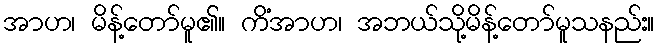
အာဟ၊ မိန့်တော်မူ၏။ ကိံအာဟ၊ အဘယ်သို့မိန့်တော်မူသနည်း။